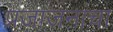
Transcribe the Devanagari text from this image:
प्रजाजनांचा